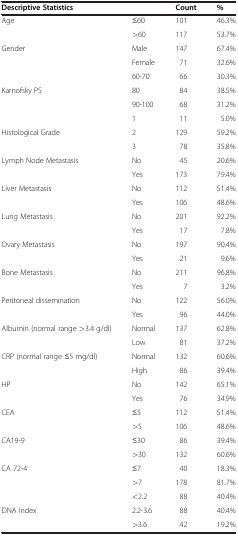
<table><thead><tr><td colspan="2"><b>Descriptive Statistics</b></td><td><b>Count</b></td><td><b>%</b></td></tr></thead><tbody><tr><td>Age</td><td>≤60</td><td>101</td><td>46.3%</td></tr><tr><td> </td><td>&gt;60</td><td>117</td><td>53.7%</td></tr><tr><td>Gender</td><td>Male</td><td>147</td><td>67.4%</td></tr><tr><td> </td><td>Female</td><td>71</td><td>32.6%</td></tr><tr><td> </td><td>60-70</td><td>66</td><td>30.3%</td></tr><tr><td>Karnofsky PS</td><td>80</td><td>84</td><td>38.5%</td></tr><tr><td> </td><td>90-100</td><td>68</td><td>31.2%</td></tr><tr><td> </td><td>1</td><td>11</td><td>5.0%</td></tr><tr><td>Histological Grade</td><td>2</td><td>129</td><td>59.2%</td></tr><tr><td> </td><td>3</td><td>78</td><td>35.8%</td></tr><tr><td>Lymph Node Metastasis</td><td>No</td><td>45</td><td>20.6%</td></tr><tr><td> </td><td>Yes</td><td>173</td><td>79.4%</td></tr><tr><td>Liver Metastasis</td><td>No</td><td>112</td><td>51.4%</td></tr><tr><td> </td><td>Yes</td><td>106</td><td>48.6%</td></tr><tr><td>Lung Metastasis</td><td>No</td><td>201</td><td>92.2%</td></tr><tr><td> </td><td>Yes</td><td>17</td><td>7.8%</td></tr><tr><td>Ovary Metastasis</td><td>No</td><td>197</td><td>90.4%</td></tr><tr><td> </td><td>Yes</td><td>21</td><td>9.6%</td></tr><tr><td>Bone Metastasis</td><td>No</td><td>211</td><td>96.8%</td></tr><tr><td> </td><td>Yes</td><td>7</td><td>3.2%</td></tr><tr><td>Peritoneal dissemination</td><td>No</td><td>122</td><td>56.0%</td></tr><tr><td> </td><td>Yes</td><td>96</td><td>44.0%</td></tr><tr><td>Albumin (normal range &gt;3.4 g/dl)</td><td>Normal</td><td>137</td><td>62.8%</td></tr><tr><td> </td><td>Low</td><td>81</td><td>37.2%</td></tr><tr><td>CRP (normal range ≤5 mg/dl)</td><td>Normal</td><td>132</td><td>60.6%</td></tr><tr><td> </td><td>High</td><td>86</td><td>39.4%</td></tr><tr><td>HP</td><td>No</td><td>142</td><td>65.1%</td></tr><tr><td> </td><td>Yes</td><td>76</td><td>34.9%</td></tr><tr><td>CEA</td><td>≤5</td><td>112</td><td>51.4%</td></tr><tr><td> </td><td>&gt;5</td><td>106</td><td>48.6%</td></tr><tr><td>CA19-9</td><td>≤30</td><td>86</td><td>39.4%</td></tr><tr><td> </td><td>&gt;30</td><td>132</td><td>60.6%</td></tr><tr><td>CA 72-4</td><td>≤7</td><td>40</td><td>18.3%</td></tr><tr><td> </td><td>&gt;7</td><td>178</td><td>81.7%</td></tr><tr><td> </td><td>&lt;2.2</td><td>88</td><td>40.4%</td></tr><tr><td>DNA Index</td><td>2.2-3.6</td><td>88</td><td>40.4%</td></tr><tr><td> </td><td>&gt;3.6</td><td>42</td><td>19.2%</td></tr></tbody></table>